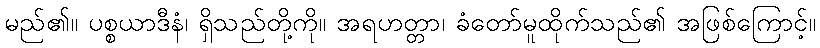
မည်၏။ ပစ္စယာဒီနံ၊ ရှိသည်တို့ကို။ အရဟတ္တာ၊ ခံတော်မူထိုက်သည်၏ အဖြစ်ကြောင့်။